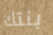
بنتك